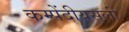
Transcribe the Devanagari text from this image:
कम्पेंदीयसली